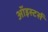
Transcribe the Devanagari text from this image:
ऑइस्टर्स